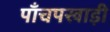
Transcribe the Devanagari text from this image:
पाँचपखाड़ी